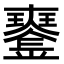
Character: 𤫍